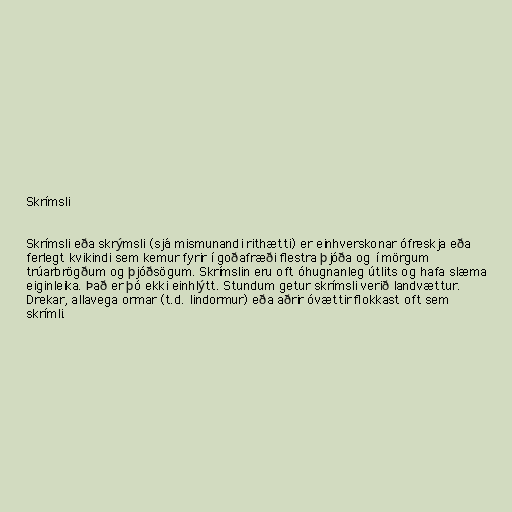
Skrímsli

Skrímsli eða skrýmsli (sjá mismunandi rithætti) er einhverskonar ófreskja eða
ferlegt kvikindi sem kemur fyrir í goðafræði flestra þjóða og í mörgum
trúarbrögðum og þjóðsögum. Skrímslin eru oft óhugnanleg útlits og hafa slæma
eiginleika. Það er þó ekki einhlýtt. Stundum getur skrímsli verið landvættur.
Drekar, allavega ormar (t.d. lindormur) eða aðrir óvættir flokkast oft sem
skrímli.